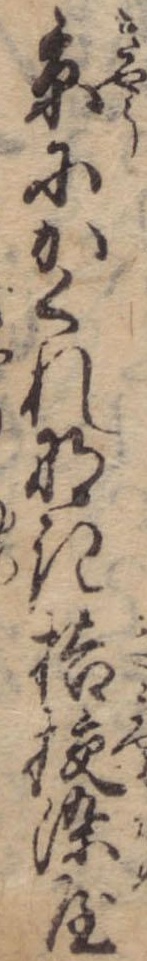
京にかくれなき桔梗染屋